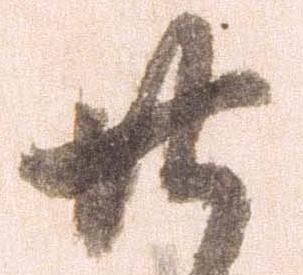
廿